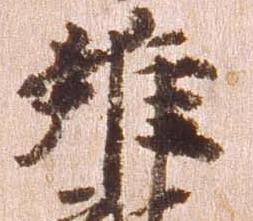
雖